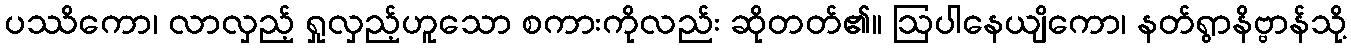
ပဿိကော၊ လာလှည့် ရှုလှည့်ဟူသော စကားကိုလည်း ဆိုတတ်၏။ ဩပါနေယျိကော၊ နတ်ရွာနိဗ္ဗာန်သို့